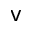
\mathsf { v }